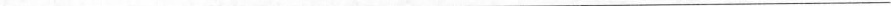
___